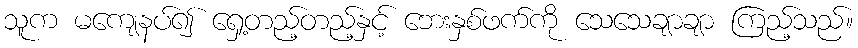
သူက မကျေနပ်၍ ရှေ့တည့်တည့်နှင့် ဘေးနှစ်ဖက်ကို သေသေချာချာ ကြည့်သည်။